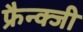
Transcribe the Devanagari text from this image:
फ्रैन्क्जी